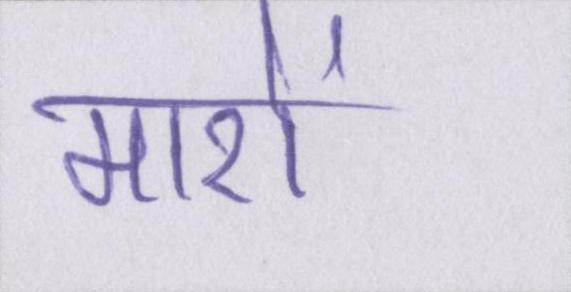
मारों